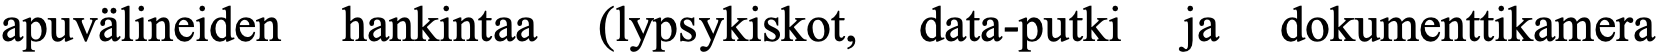
apuvälineiden hankintaa (lypsykiskot, data-putki ja dokumenttikamera